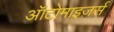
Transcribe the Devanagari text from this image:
ऑटोमाइज़र्स